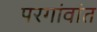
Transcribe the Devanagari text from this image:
परगांवांत